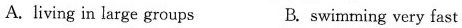
A. living in large groups B. swimming very fast